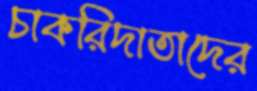
চাকরিদাতাদের